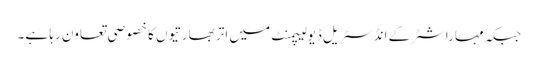
جبکہ مہاراشٹرکے انڈسٹریل ڈیولیپمنٹ میں اتر بھارتیوں کا خصو صی تعاون رہا ہے۔